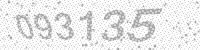
Solution: 093135